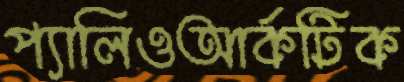
প্যালিওআর্কটিক